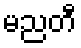
မညတီ